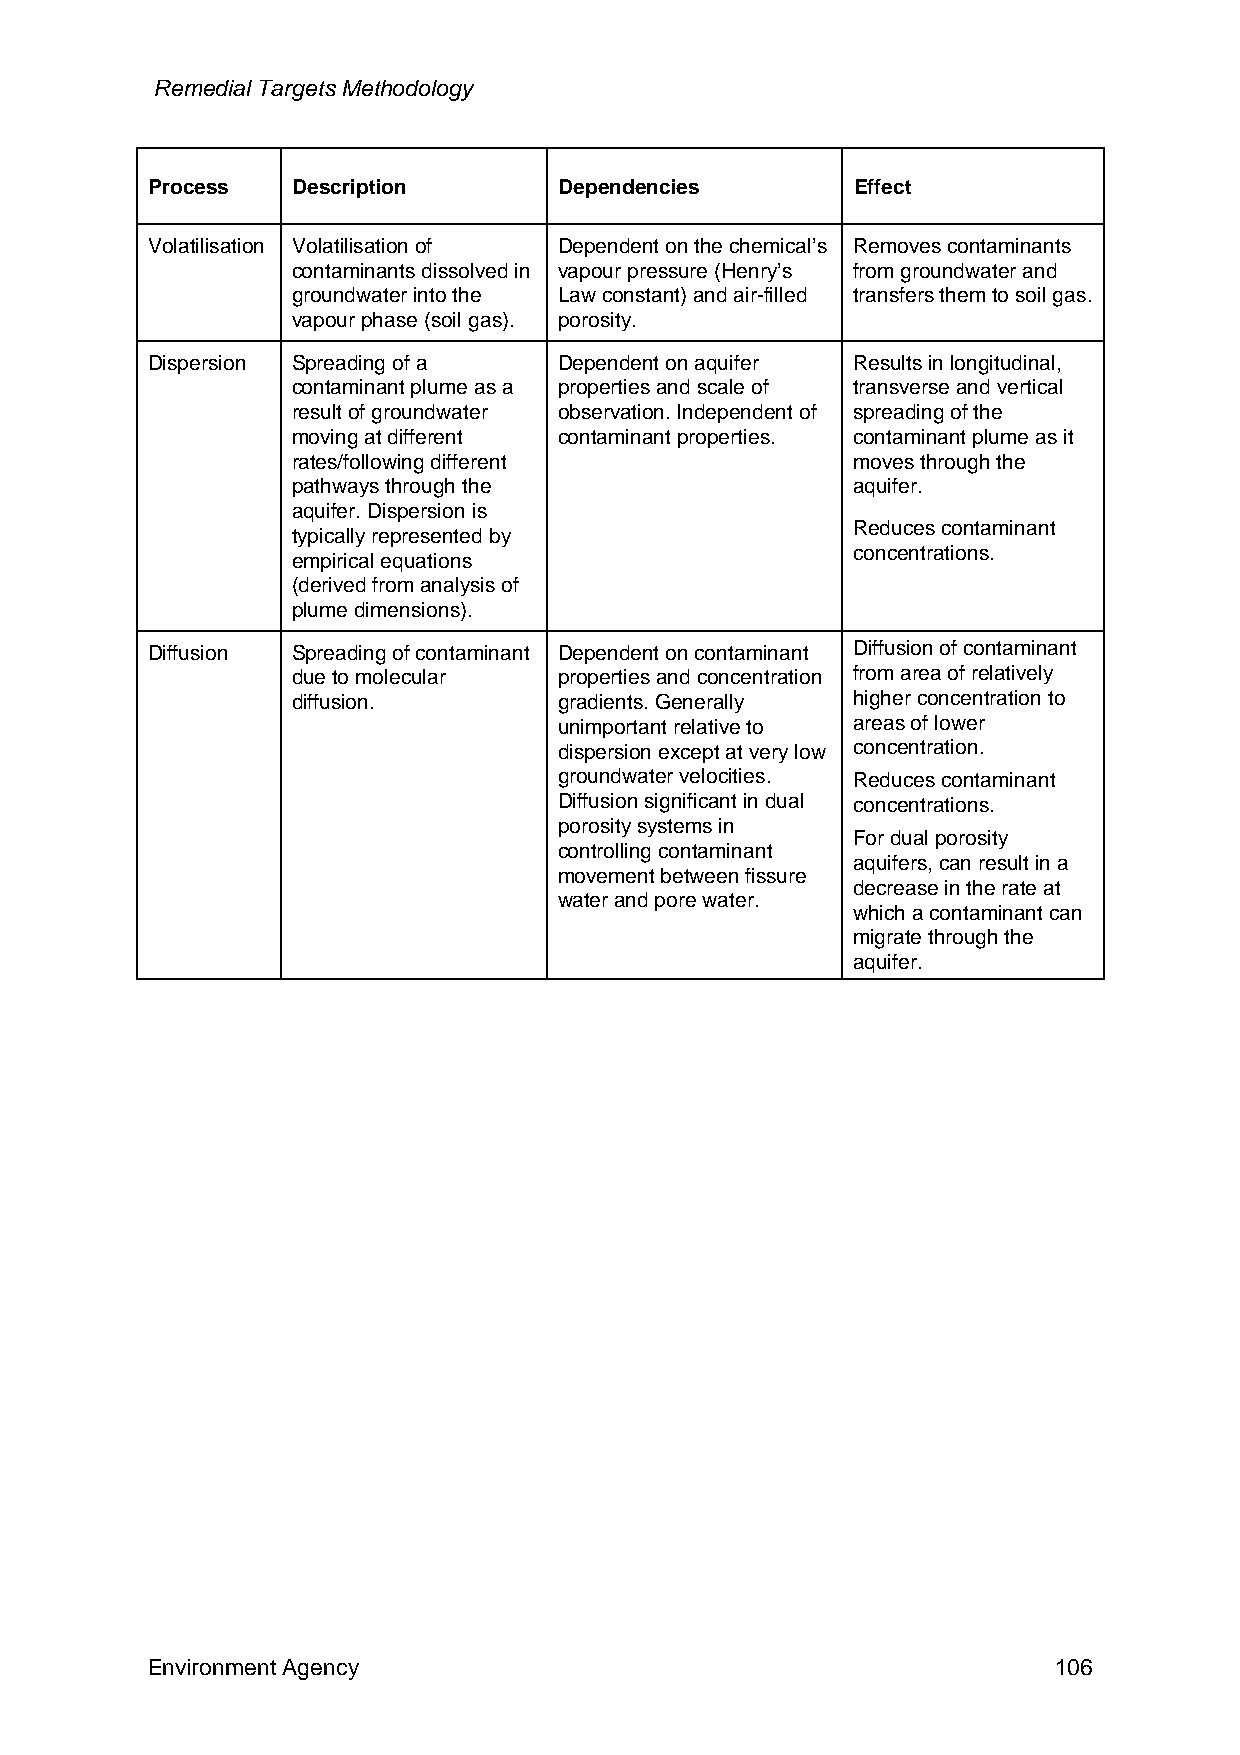
Remedial Targets Methodology
 Process  Description       Dependencies       Effect
 Volatilisation Volatilisation of Dependent on the chemical’s Removes contaminants
 contaminants dissolved in vapour pressure (Henry’s from groundwater and
 groundwater into the Law constant) and air-filled transfers them to soil gas.
 vapour phase (soil gas). porosity.
 Dispersion Spreading of a  Dependent on aquifer Results in longitudinal,
 contaminant plume as a properties and scale of transverse and vertical
 result of groundwater observation. Independent of spreading of the
 moving at different contaminant properties. contaminant plume as it
 rates/following different            moves through the
 pathways through the                 aquifer.
 aquifer. Dispersion is
 Reduces contaminant
 typically represented by
 concentrations.
 empirical equations
 (derived from analysis of
 plume dimensions).
 Diffusion Spreading of contaminant Dependent on contaminant Diffusion of contaminant
 due to molecular  properties and concentration from area of relatively
 diffusion.        gradients. Generally higher concentration to
 unimportant relative to areas of lower
 dispersion except at very low concentration.
 groundwater velocities. Reduces contaminant
 Diffusion significant in dual concentrations.
 porosity systems in
 For dual porosity
 controlling contaminant
 aquifers, can result in a
 movement between fissure
 decrease in the rate at
 water and pore water.
 which a contaminant can
 migrate through the
 aquifer.
 Environment Agency                                          106